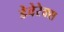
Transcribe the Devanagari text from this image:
डेवेरेक्स